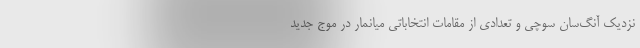
نزدیک آنگ‌سان سوچی و تعدادی از مقامات انتخاباتی میانمار در موج جدید